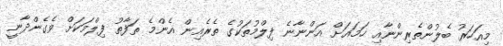
މިއަހަރު ބެލުންތެރިންނާއި ހަމައަށް އަންނާނެ ފިލްމުތަކުގެ ތެރެއިން އެންމެ ތަފާތު ފިލްމަކަށް ވެެގެންދާނީ